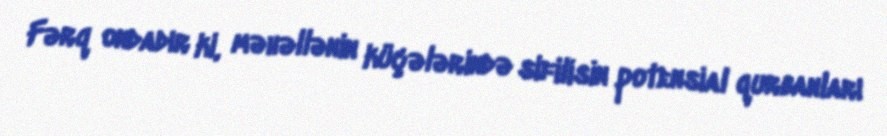
Fərq ondadır ki, məhəllənin küçələrində sifilisin potensial qurbanları